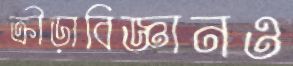
ক্রীড়াবিজ্ঞানও